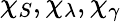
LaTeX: \chi_{S},\chi_{\lambda},\chi_{\gamma}